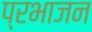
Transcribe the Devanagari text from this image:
प्रभाजन